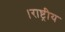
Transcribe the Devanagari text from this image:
।राष्ट्रीय